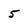
Character: 5